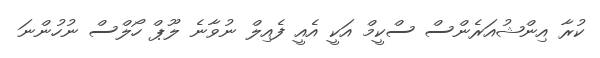
ކުރާ އިންޝުއަރެންސް ސްކީމް އަަކީ އެއީ ފެއިލް ނުވާނެ ލޫޕް ހޯލްސް ނުހުންނަ